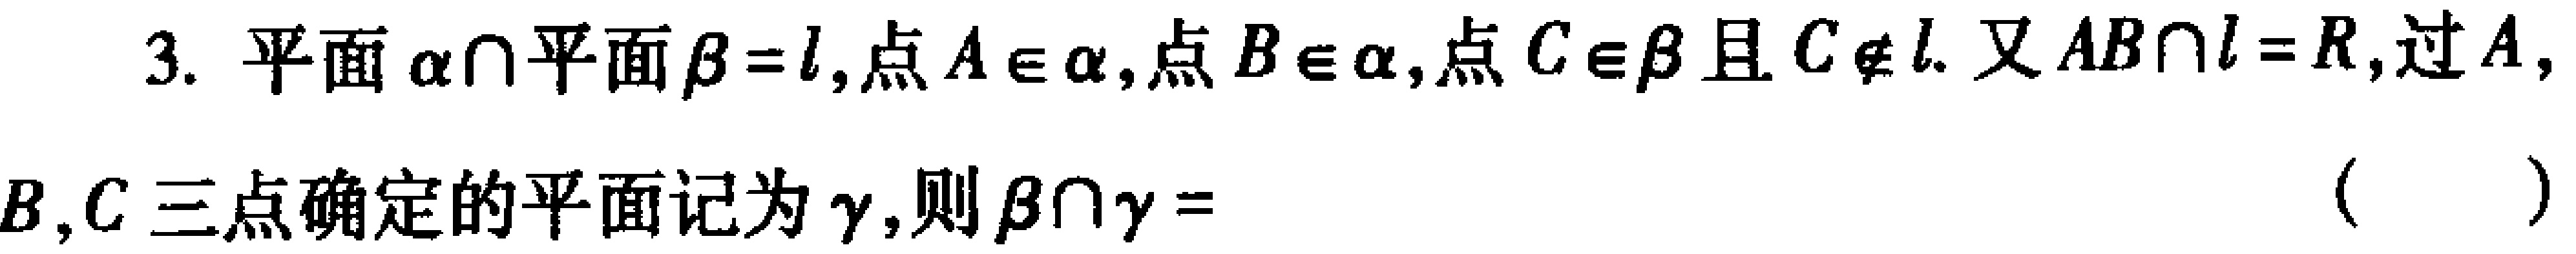
3. 平面\(\alpha\cap\)平面\(\beta = l\),点\(A\in\alpha\),点\(B\in\alpha\),点\(C\in\beta\)且\(C\notin l\). 又\(AB\cap l = R\),过\(A\),\(B\),\(C\)三点确定的平面记为\(\gamma\),则\(\beta\cap\gamma =\)（  ）